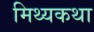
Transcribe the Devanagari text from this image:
मिथ्यकथा